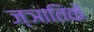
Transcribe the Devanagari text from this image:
ज्ञातिके